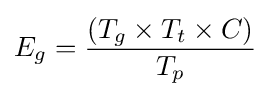
E_{g}={\frac {\left(T_{g}\times T_{t}\times C\right)}{T_{p}}}